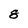
Character: 8